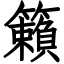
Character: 籟